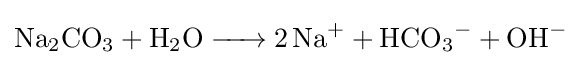
{\ce {Na2CO3 + H2O -> 2Na+ + HCO3- + OH-}}